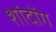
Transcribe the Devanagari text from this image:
शांदोंग